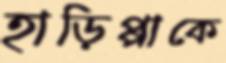
হাড়িপ্পাকে